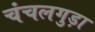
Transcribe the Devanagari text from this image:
चंचलगुड़ा